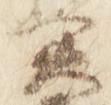
実